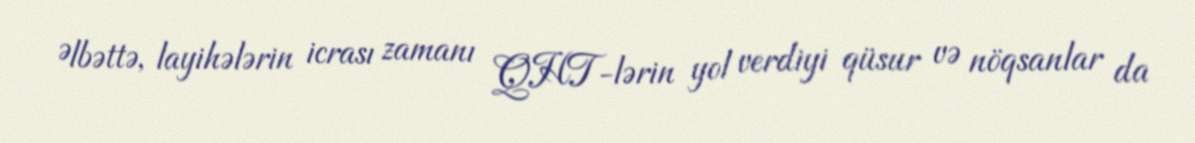
Əlbəttə, layihələrin icrası zamanı QHT-lərin yol verdiyi qüsur və nöqsanlar da